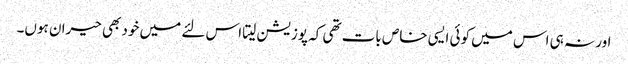
اور نہ ہی اس میں کوئی ایسی خاص بات تھی کہ پوزیشن لیتا اس لئے میں خود بھی حیران ہوں۔